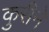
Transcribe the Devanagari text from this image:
कुरीने